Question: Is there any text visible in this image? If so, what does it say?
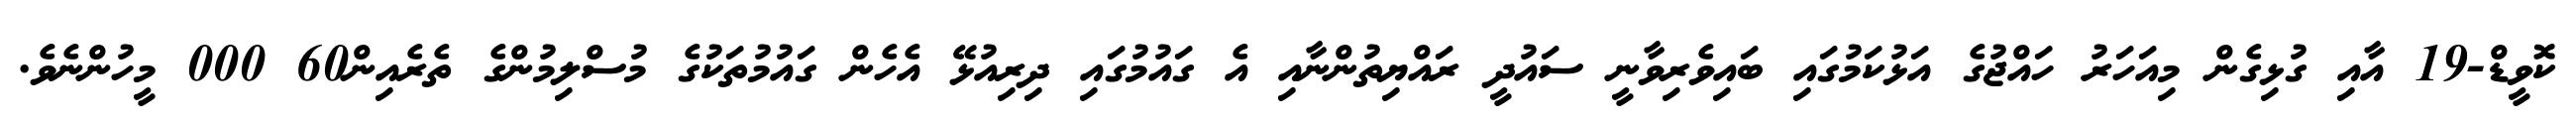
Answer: ކޮވީޑް-19 އާއި ގުޅިގެން މިއަހަރު ހައްޖުގެ އަޅުކަމުގައި ބައިވެރިވާނީ ސައުދީ ރައްޔިތުންނާއި އެ ގައުމުގައި ދިރިއުޅޭ އެހެން ގައުމުތަކުގެ މުސްލިމުންގެ ތެރެއިން60 000 މީހުންނެވެ.